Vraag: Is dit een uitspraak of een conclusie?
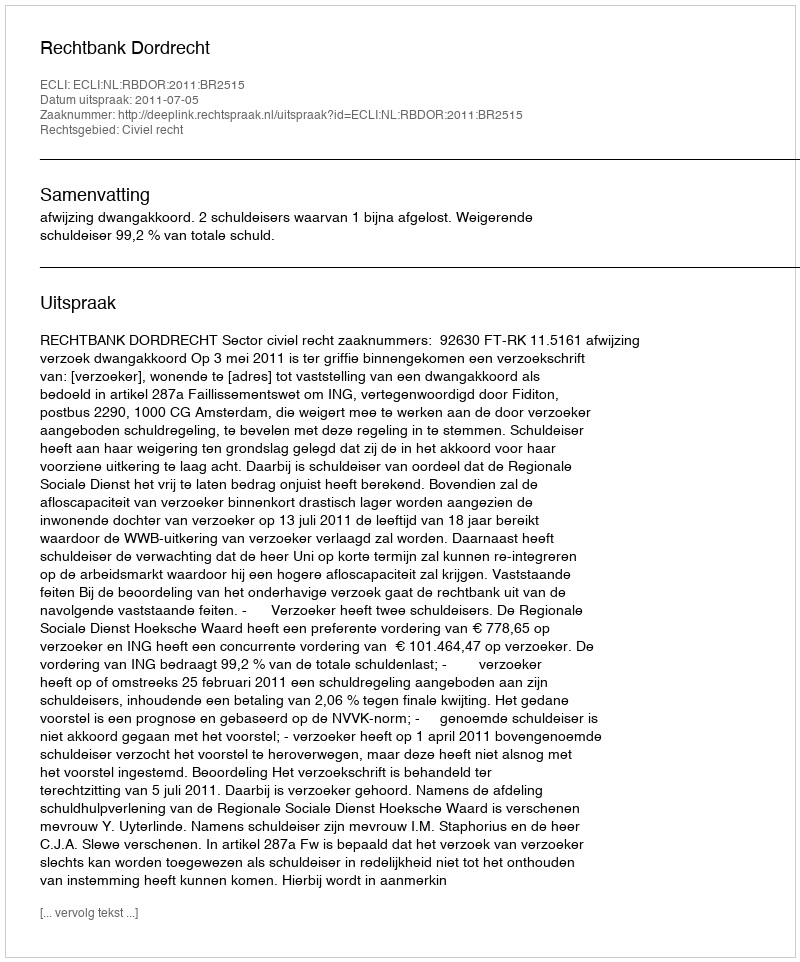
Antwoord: Uitspraak